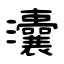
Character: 灢